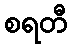
စရတီ